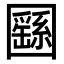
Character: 㘥